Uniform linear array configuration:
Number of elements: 12
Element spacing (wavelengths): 0.75
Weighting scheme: cosine
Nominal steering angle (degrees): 30
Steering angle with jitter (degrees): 31.619
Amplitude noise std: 0.05
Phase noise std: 0.05

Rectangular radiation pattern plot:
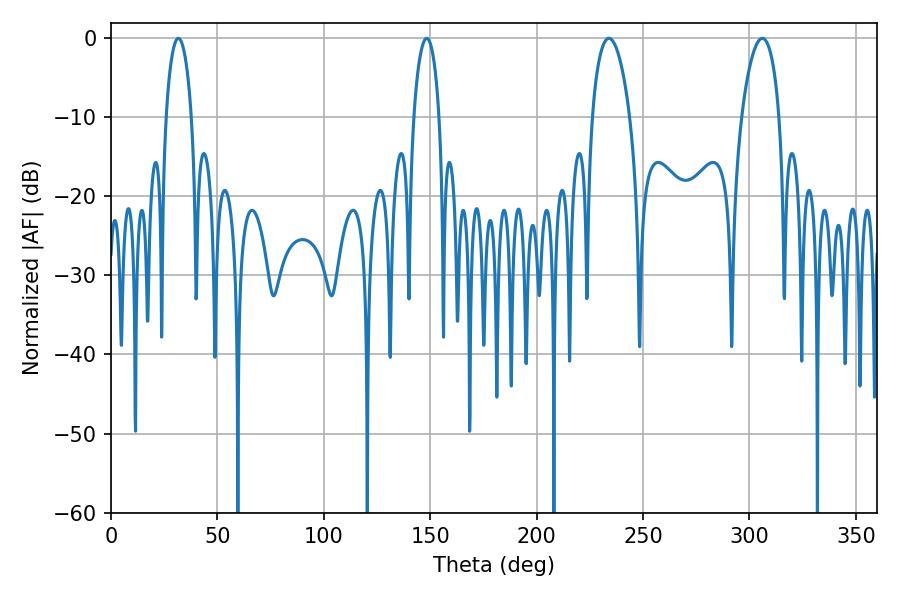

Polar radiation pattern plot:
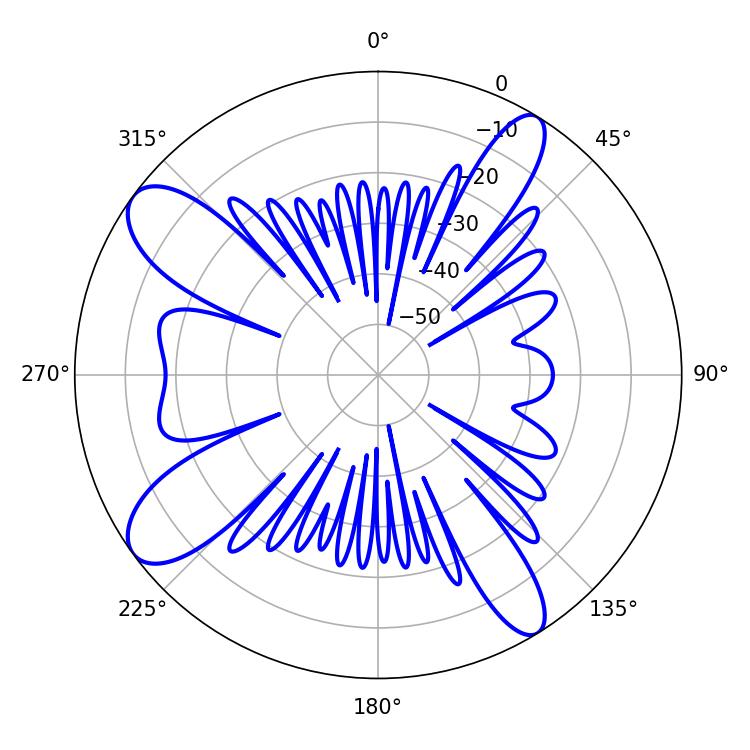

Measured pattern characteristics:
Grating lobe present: TRUE
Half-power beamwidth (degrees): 6.84
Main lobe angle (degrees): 31.68